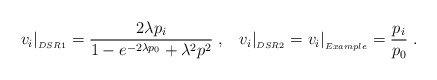
\begin{align*}v_i \vert_{_{DSR1}} = \frac{2 \lambda p_i}{1 - e^{- 2 \lambda p_0} + \lambda^2 p^2} \; , \; \; \; v_i \vert_{_{DSR2}} = v_i \vert_{_{Example}} = \frac{p_i}{p_0} \; .\end{align*}